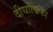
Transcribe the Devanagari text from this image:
दीर्घांकिका